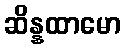
ဆိန္နထာမော